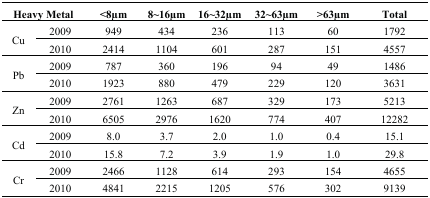
<table><thead><tr><td colspan="2"><b>Heavy Metal</b></td><td><b>&lt;8μm</b></td><td><b>8~16μm</b></td><td><b>16~32μm</b></td><td><b>32~63μm</b></td><td><b>&gt;63μm</b></td><td><b>Total</b></td></tr></thead><tbody><tr><td rowspan="2">Cu</td><td>2009</td><td>949</td><td>434</td><td>236</td><td>113</td><td>60</td><td>1792</td></tr><tr><td>2010</td><td>2414</td><td>1104</td><td>601</td><td>287</td><td>151</td><td>4557</td></tr><tr><td rowspan="2">Pb</td><td>2009</td><td>787</td><td>360</td><td>196</td><td>94</td><td>49</td><td>1486</td></tr><tr><td>2010</td><td>1923</td><td>880</td><td>479</td><td>229</td><td>120</td><td>3631</td></tr><tr><td rowspan="2">Zn</td><td>2009</td><td>2761</td><td>1263</td><td>687</td><td>329</td><td>173</td><td>5213</td></tr><tr><td>2010</td><td>6505</td><td>2976</td><td>1620</td><td>774</td><td>407</td><td>12282</td></tr><tr><td rowspan="2">Cd</td><td>2009</td><td>8.0</td><td>3.7</td><td>2.0</td><td>1.0</td><td>0.4</td><td>15.1</td></tr><tr><td>2010</td><td>15.8</td><td>7.2</td><td>3.9</td><td>1.9</td><td>1.0</td><td>29.8</td></tr><tr><td rowspan="2">Cr</td><td>2009</td><td>2466</td><td>1128</td><td>614</td><td>293</td><td>154</td><td>4655</td></tr><tr><td>2010</td><td>4841</td><td>2215</td><td>1205</td><td>576</td><td>302</td><td>9139</td></tr></tbody></table>